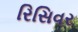
રિસિવર